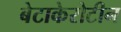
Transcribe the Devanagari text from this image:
बेटाकेरोटीन